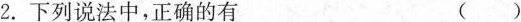
2.下列说法中，正确的有 ()